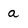
Character: a